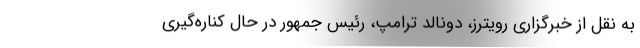
به نقل از خبرگزاری رویترز، دونالد ترامپ، رئیس جمهور در حال کناره‌گیری